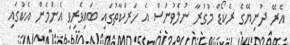
އެރޭ ދުނިޔޭގެ ރެކޯޑް މުގުރާ ނުލެވުނަސް އެ ހަރަކާތުގައި ބައިވެރިވި އެންމެން އެކުގައި